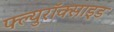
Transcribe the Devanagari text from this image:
फ्ल्युरॉक्साइड